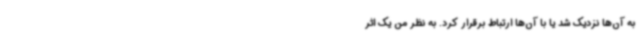
به آن‌ها نزدیک شد یا با آن‌ها ارتباط برقرار کرد. به نظر من یک اثر